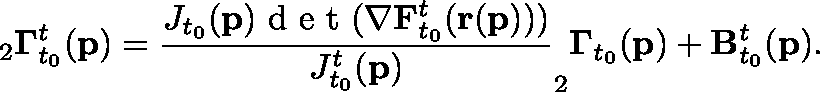
_ { 2 } \mathbf { \Gamma } _ { t _ { 0 } } ^ { t } ( \mathbf { p } ) = \frac { J _ { t _ { 0 } } ( \mathbf { p } ) \textup { d e t } ( \mathbf { \nabla } \mathbf { F } _ { t _ { 0 } } ^ { t } ( \mathbf { r } ( \mathbf { p } ) ) ) } { J _ { t _ { 0 } } ^ { t } ( \mathbf { p } ) } _ { 2 } \mathbf { \Gamma } _ { t _ { 0 } } ( \mathbf { p } ) + \mathbf { B } _ { t _ { 0 } } ^ { t } ( \mathbf { p } ) .